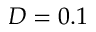
D = 0 . 1